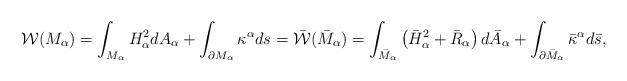
LaTeX: \begin{align*}{\cal W}(M_{\alpha})=\int_{M_{\alpha}}H_{\alpha}^2dA_{\alpha}+\int_{\partial M_{\alpha}}\kappa^{\alpha} ds=\bar{\cal W}(\bar{M}_{\alpha})=\int_{\bar{M}_{\alpha}}\left(\bar{H}_{\alpha}^2+\bar{R}_{\alpha}\right) d\bar{A}_{\alpha}+\int_{\partial\bar{M}_{\alpha}}\bar{\kappa}^{\alpha}d\bar{s},\end{align*}